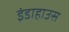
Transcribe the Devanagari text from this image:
इंडाहाउस